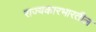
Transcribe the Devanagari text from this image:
राज्यकारभारतील